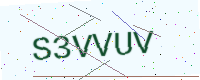
Text: S3VVUV